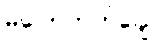
မပြောတတ်ချေ။